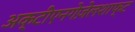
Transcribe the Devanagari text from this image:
अक्टीएनगेज़ेलशाफ्ट